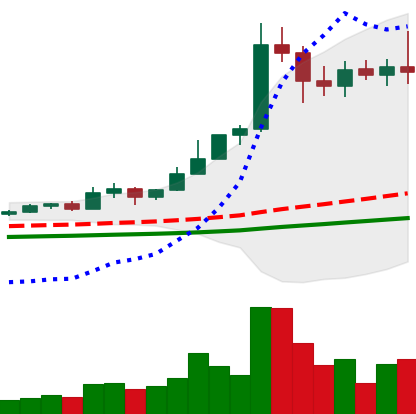
Ticker: ETC-USD
Chart end date: 2021-02-20
Forward return: -27.219%
Label: down_7plus